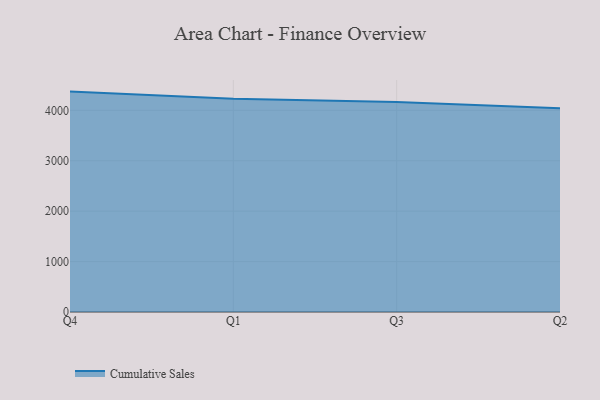
{"axis": {"x": "Quarter", "y": "Satisfaction Score"}, "legend": ["Cumulative Sales"], "data": [{"x": "Q4", "y": 4371.5, "type": "Cumulative Sales"}, {"x": "Q1", "y": 4228.9, "type": "Cumulative Sales"}, {"x": "Q3", "y": 4165.5, "type": "Cumulative Sales"}, {"x": "Q2", "y": 4039.5, "type": "Cumulative Sales"}]}